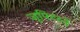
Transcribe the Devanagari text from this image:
जूपिटरने